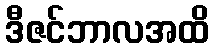
ဒီဇင်ဘာလအထိ